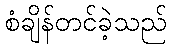
စံချိန်တင်ခဲ့သည်